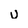
Character: u